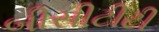
બીસીટીટી